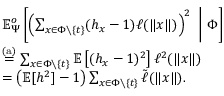
\begin{array} { r l } & { \mathbb { E } _ { \Psi } ^ { o } \left[ \left( \sum _ { x \in \Phi \setminus \{ t \} } ( h _ { x } - 1 ) \ell ( \| x \| ) \right) ^ { 2 } ~ \Bigg | ~ \Phi \right] } \\ & { \stackrel { \mathrm { \scriptsize ( a ) } } { = } \sum _ { x \in \Phi \setminus \{ t \} } \mathbb { E } \left[ ( h _ { x } - 1 ) ^ { 2 } \right] \ell ^ { 2 } ( \| x \| ) } \\ & { = \left( \mathbb { E } [ h ^ { 2 } ] - 1 \right) \sum _ { x \in \Phi \setminus \{ t \} } \tilde { \ell } ( \| x \| ) . } \end{array}